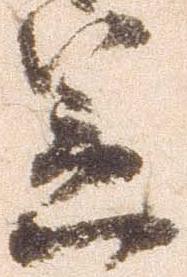
笠